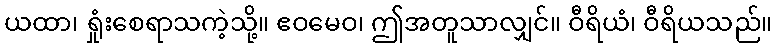
ယထာ၊ ရှုံးစေရာသကဲ့သို့။ ဧဝမေဝ၊ ဤအတူသာလျှင်။ ဝီရိယံ၊ ဝီရိယသည်။